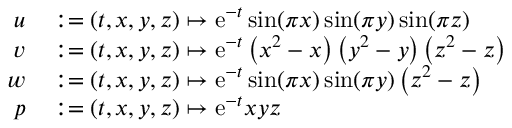
\begin{array} { r l } { u } & { { } : = ( t , x , y , z ) \mapsto \mathrm { e } ^ { - t } \sin ( \pi x ) \sin ( \pi y ) \sin ( \pi z ) } \\ { v } & { { } : = ( t , x , y , z ) \mapsto \mathrm { e } ^ { - t } \left( x ^ { 2 } - x \right) \left( y ^ { 2 } - y \right) \left( z ^ { 2 } - z \right) } \\ { w } & { { } : = ( t , x , y , z ) \mapsto \mathrm { e } ^ { - t } \sin ( \pi x ) \sin ( \pi y ) \left( z ^ { 2 } - z \right) } \\ { p } & { { } : = ( t , x , y , z ) \mapsto \mathrm { e } ^ { - t } x y z } \end{array}